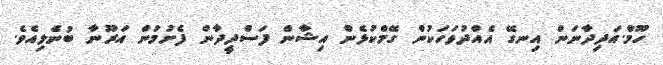
ހޫމް.އަދިދާނަން އިނގޭ އެއްދުވަހަކުން ގޭމްކުޅެން އިޝާން ފަސްދީދާން ފެށުމުން އަރޫނާ ބުނެލިއެވެ.